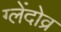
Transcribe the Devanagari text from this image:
ग्लेंदोव्र